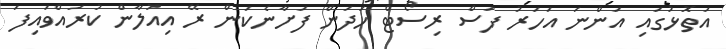
އަތޮޅުގައި އަންނަ އަހަރު ފަސް ރިސޯޓް ހަދަން ފަށާނެކަން ރޭ އިއުލާން ކުރައްވައިފަ